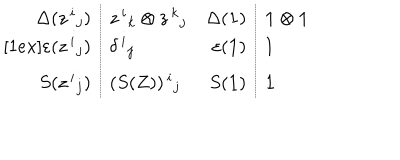
\begin{array} { r l r l } { { \Delta ( z ^ { \, i } { } _ { j } ) } } & { { z ^ { \, i } { } _ { k } \otimes z ^ { \, k } { } _ { j } } } & { { \Delta ( { \bf 1 } ) } } & { { { \bf 1 } \otimes { \bf 1 } } } \\ { { \varepsilon ( z ^ { \, i } { } _ { j } ) } } & { { \delta ^ { \, i } { } _ { j } } } & { { \varepsilon ( { \bf 1 } ) } } & { { 1 } } \\ { { S ( z ^ { \, i } { } _ { j } ) } } & { { ( S ( Z ) ) ^ { \, i } { } _ { j } } } & { { S ( { \bf 1 } ) } } & { { { \bf 1 } } } \\ \end{array}